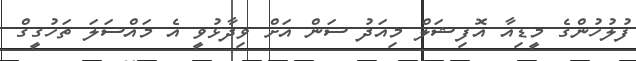
ފުލުހުންގެ މީޑިއާ އޮފިޝަލް މިއަދު ސަން އަށް ވިދާޅުވީ އެ މައްސަލަ ތަހުގީގް